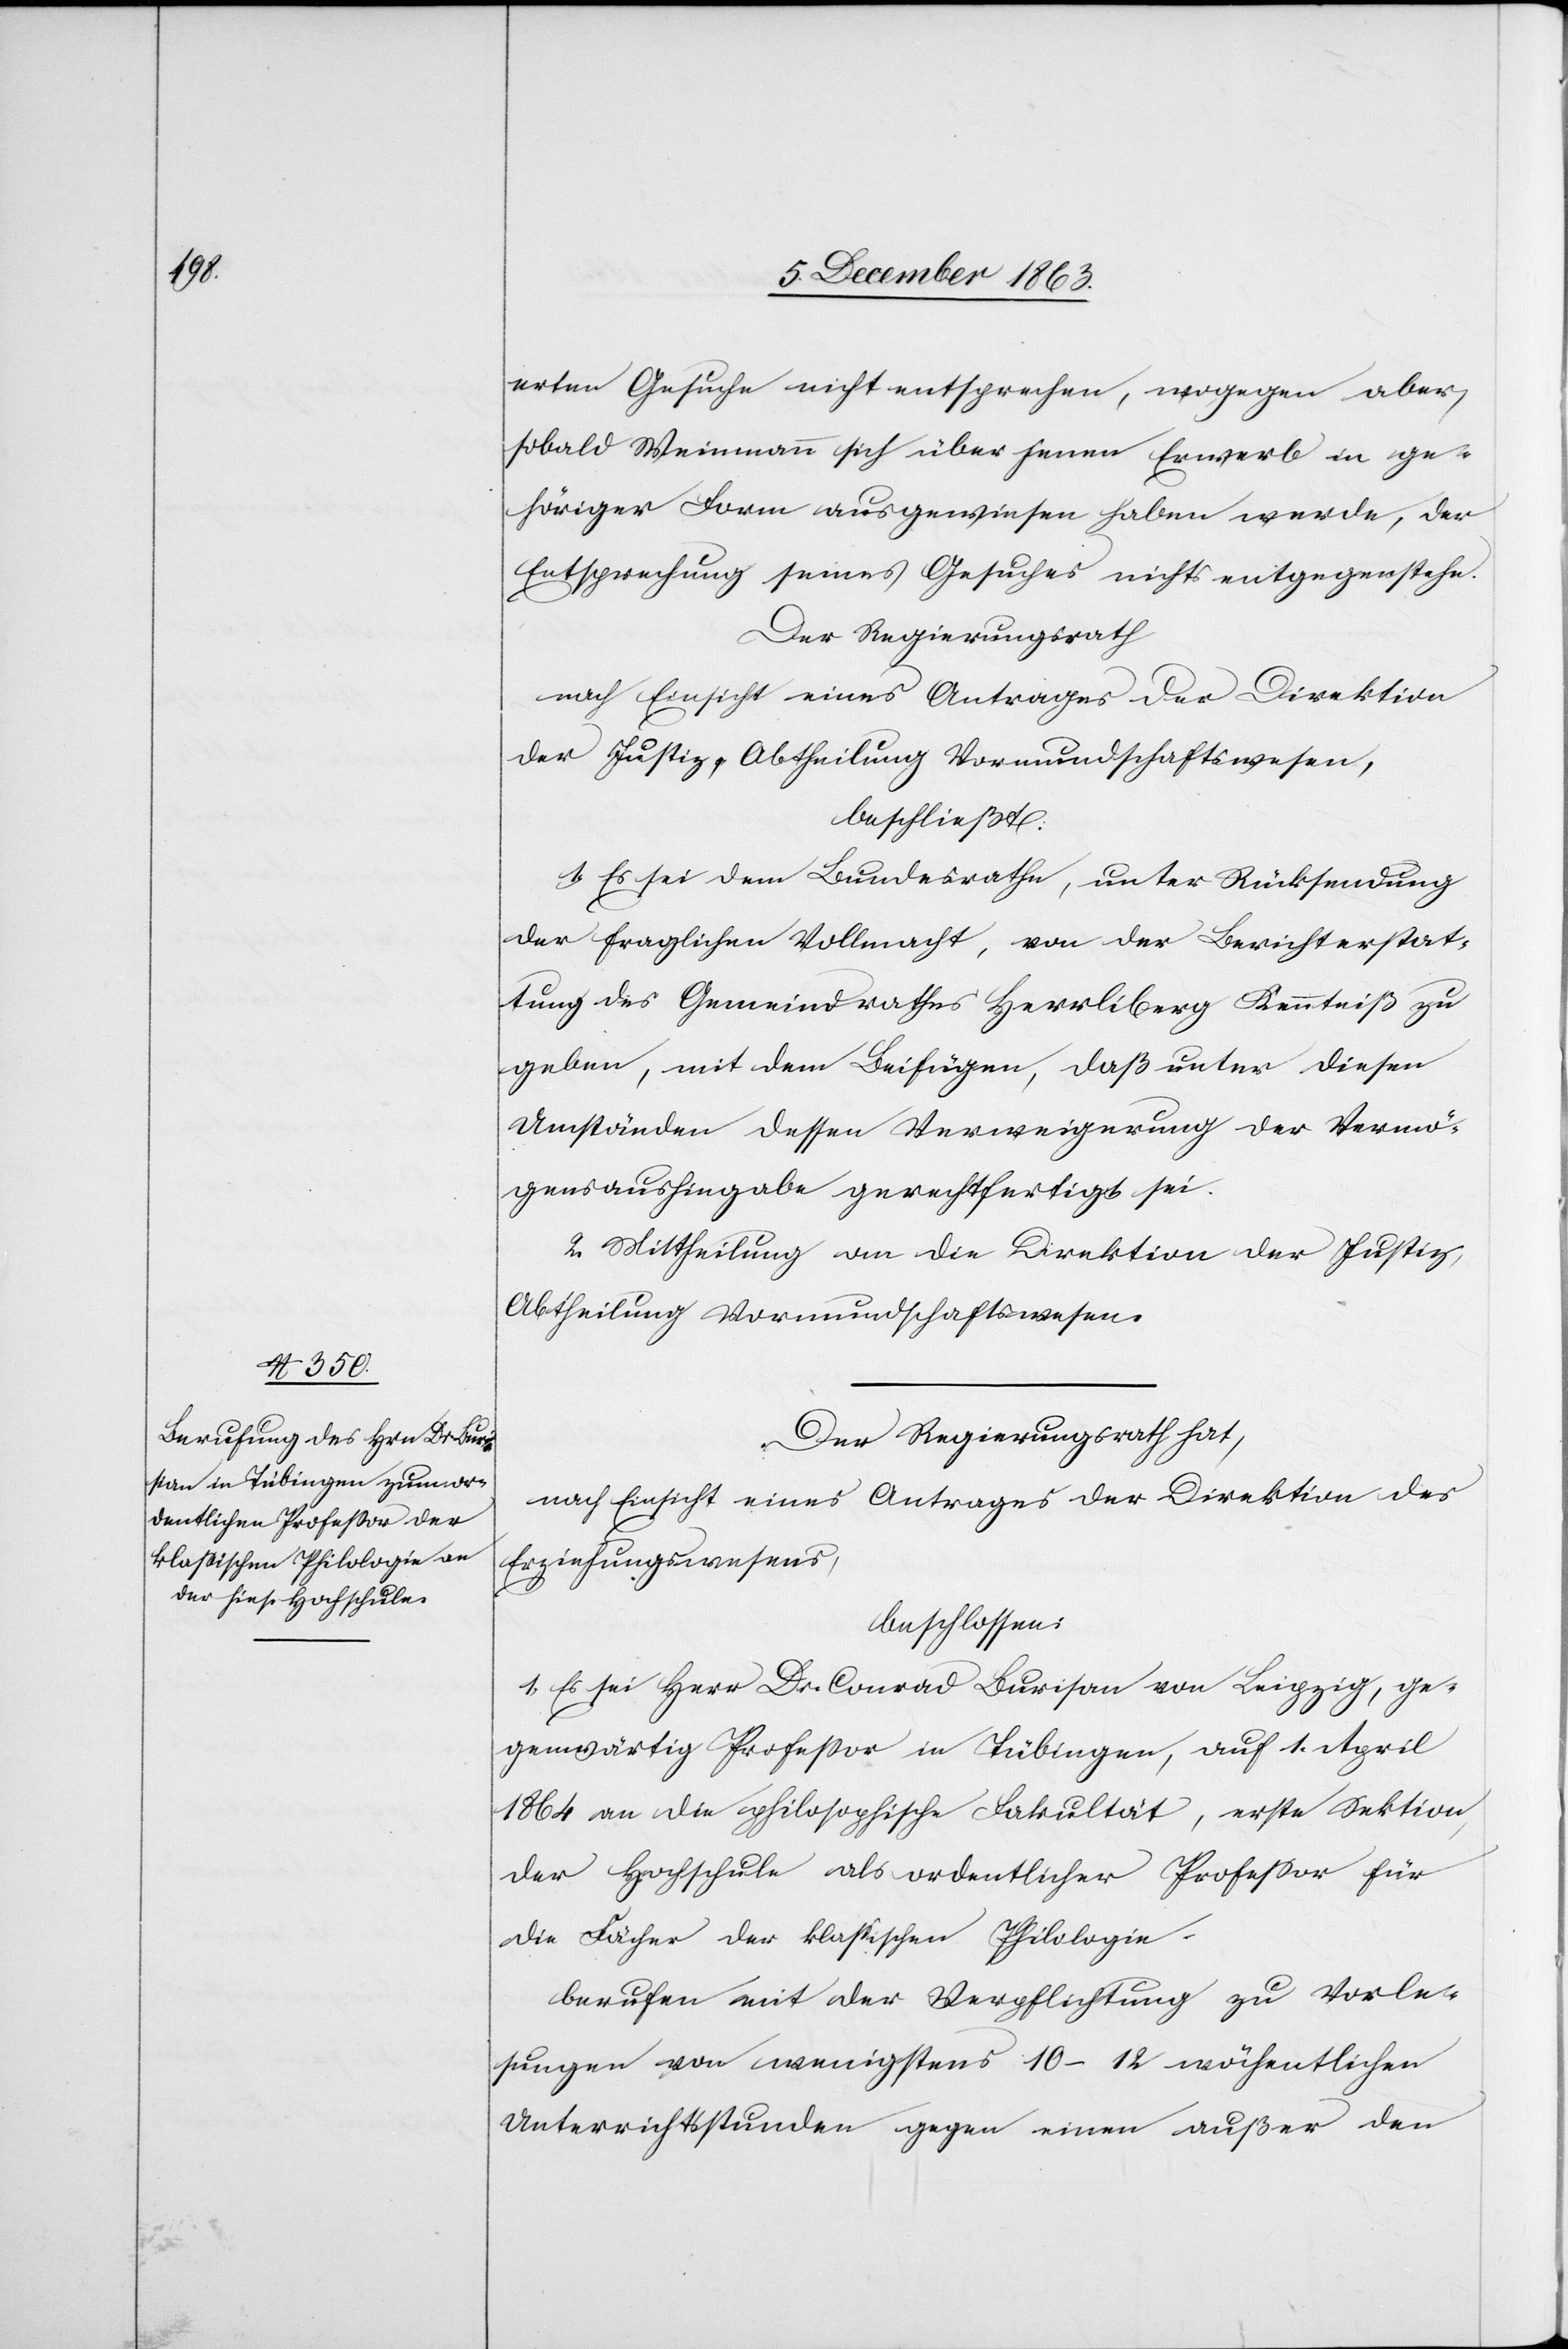
erten Gesuche nicht entsprechen, wogegen aber,
sobald Weinmann sich über jenen Erwerb in ge¬
höriger Form ausgewiesen haben werde, der
Entsprechung seines Gesuches nichts entgegenstehe.
Der Regierungsrath
nach Einsicht eines Antrages der Direktion
der Justiz, Abtheilung Vormundschaftswesen,
beschließt:
1. Es sei dem Bundesrathe, unter Rücksendung
der fraglichen Vollmacht, von der Berichterstat¬
tung des Gemeindrathes Herrliberg Kenntniß zu
geben, mit dem Beifügen, daß unter diesen
Umständen dessen Verweigerung der Vermö¬
gensaushingabe gerechtfertigt sei.
2. Mittheilung an die Direktion der Justiz,
Abtheilung Vormundschaftswesen.
Der Regierungsrath hat,
nach Einsicht eines Antrages der Direktion des
Erziehungswesens,
beschlossen:
1. Es sei Herr Dr. Conrad Burisan [sic!] von Leipzig, ge¬
genwärtig Professor in Tübingen, auf 1. April
1864 an die philosophische Fakultät, erste Sektion,
der Hochschule als ordentlicher Professor für
die Fächer der klassischen Philologie
berufen mit der Verpflichtung zu Vorle¬
sung von wenigstens 10–12 wöchentlichen
Unterrichtsstunden gegen einen außer den